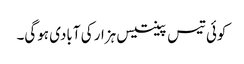
کوئی تیس پینتیس ہزار کی آبادی ہوگی۔